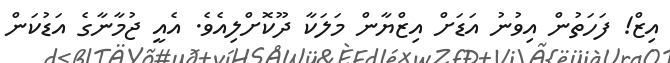
އިޒް! ފަހަތުން އިވުނު އަޑަށް އިޒްޔާން މަލަކާ ދޫކޮށްލިއެވެ. އެއީ ޖުމާނާގެ އަޑުކަން